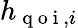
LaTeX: h_{\mathrm{~q~o~i~},i}